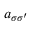
a _ { \sigma \sigma ^ { \prime } }